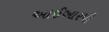
આઈઆરપી